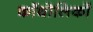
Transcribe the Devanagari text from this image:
कॉथोलिकों